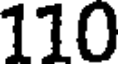
110